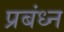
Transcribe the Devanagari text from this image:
प्रबंध्न